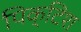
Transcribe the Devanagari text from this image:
पिक्टिश